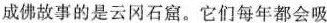
成佛故事的是云冈石窟。它们每年都会吸